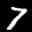
Label: 7